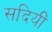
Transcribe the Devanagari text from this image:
सदियीं